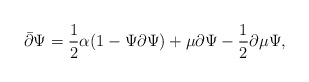
\begin{align*}\bar{\partial}\Psi=\frac{1}{2}\alpha(1-\Psi\partial\Psi)+\mu\partial\Psi-\frac{1}{2}\partial\mu\Psi,\end{align*}